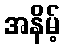
အနိမ့်